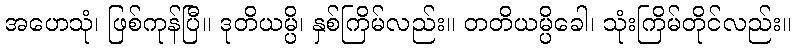
အဟေသုံ၊ ဖြစ်ကုန်ပြီ။ ဒုတိယမ္ပိ၊ နှစ်ကြိမ်လည်း။ တတိယမ္ပိခေါ၊ သုံးကြိမ်တိုင်လည်း။